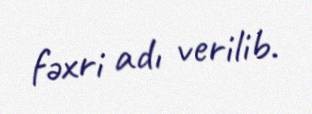
fəxri adı verilib.